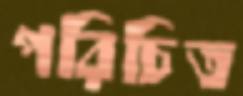
পরিচিত